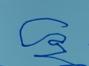
Signature authenticity: forged